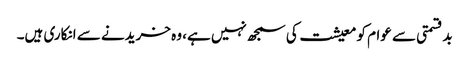
بدقسمتی سے عوام کو معیشت کی سمجھ نہیں ہے، وہ خریدنے سے انکاری ہیں۔